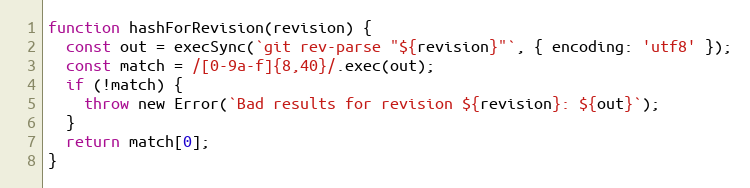
Language: JavaScript
function hashForRevision(revision) {
  const out = execSync(`git rev-parse "${revision}"`, { encoding: 'utf8' });
  const match = /[0-9a-f]{8,40}/.exec(out);
  if (!match) {
    throw new Error(`Bad results for revision ${revision}: ${out}`);
  }
  return match[0];
}